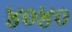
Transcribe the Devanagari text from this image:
४०४०